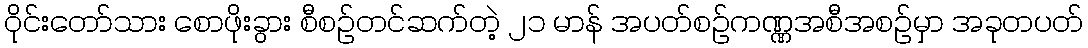
ဝိုင်းတော်သား စောဖိုးခွား စီစဉ်တင်ဆက်တဲ့ ၂၁ မာန် အပတ်စဉ်ကဏ္ဏအစီအစဉ်မှာ အခုတပတ်